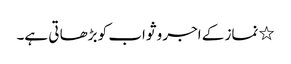
٭ نماز کے اجر و ثواب کو بڑھا تی ہے۔